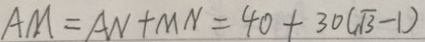
A M = A N + M N = 4 0 + 3 0 ( \sqrt { 3 } - 1 )